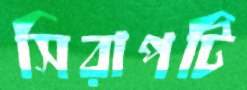
সিরাপটি